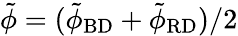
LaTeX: \tilde{\phi}=(\tilde{\phi}_{\mathrm{BD}}+\tilde{\phi}_{\mathrm{RD}})/2